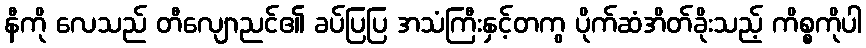
နီကို လေသည် တီလျောညင်၏ ခပ်ပြပြ အသံကြီးနှင့်တကွ ပိုက်ဆံအိတ်ခိုးသည့် ကိစ္စကိုပါ